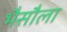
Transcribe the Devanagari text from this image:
भैसौला